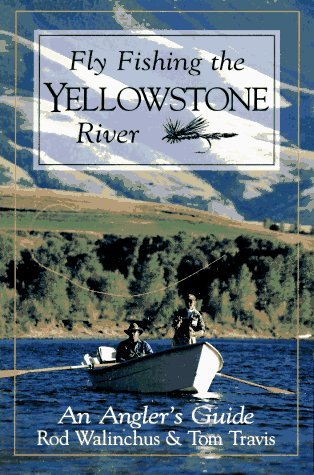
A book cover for Fly Fishing the Yellowstone River: An Angler's Guide (The Pruett Series); Walinchus Rod; Travel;